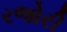
રજોરી